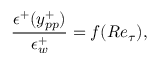
\frac { \epsilon ^ { + } ( y _ { p p } ^ { + } ) } { \epsilon _ { w } ^ { + } } = f ( R e _ { \tau } ) ,